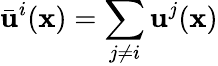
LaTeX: \bar{\mathbf{u}}^{i}(\mathbf{x})=\sum_{j\neq i}\mathbf{u}^{j}(\mathbf{x})